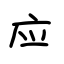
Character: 应